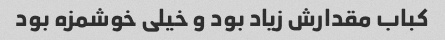
کباب مقدارش زیاد بود و خیلی خوشمزه بود